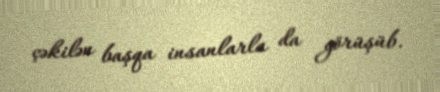
çəkilən başqa insanlarla da görüşüb.